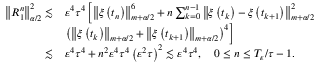
\begin{array} { r l } { \left\| { R } _ { 1 } ^ { n } \right\| _ { \alpha / 2 } ^ { 2 } \lesssim } & { \varepsilon ^ { 4 } \tau ^ { 4 } \left[ \left\| \xi \left( t _ { n } \right) \right\| _ { m + \alpha / 2 } ^ { 6 } + n \sum _ { k = 0 } ^ { n - 1 } \left\| \xi \left( t _ { k } \right) - \xi \left( t _ { k + 1 } \right) \right\| _ { m + \alpha / 2 } ^ { 2 } \right. } \\ & { \left. \left( \left\| \xi \left( t _ { k } \right) \right\| _ { m + \alpha / 2 } + \left\| \xi \left( t _ { k + 1 } \right) \right\| _ { m + \alpha / 2 } \right) ^ { 4 } \right] } \\ { \lesssim } & { \varepsilon ^ { 4 } \tau ^ { 4 } + n ^ { 2 } \varepsilon ^ { 4 } \tau ^ { 4 } \left( \varepsilon ^ { 2 } \tau \right) ^ { 2 } \lesssim \varepsilon ^ { 4 } \tau ^ { 4 } , \quad 0 \leq n \leq T _ { \varepsilon } / \tau - 1 . } \end{array}